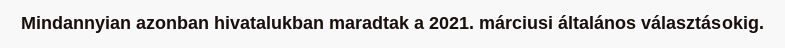
Mindannyian azonban hivatalukban maradtak a 2021. márciusi általános választásokig.